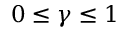
0 \leq \gamma \leq 1